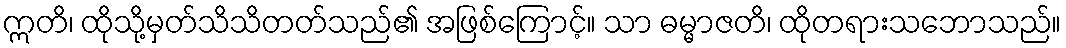
ဣတိ၊ ထိုသို့မှတ်သိသိတတ်သည်၏ အဖြစ်ကြောင့်။ သာ ဓမ္မာဇတိ၊ ထိုတရားသဘောသည်။